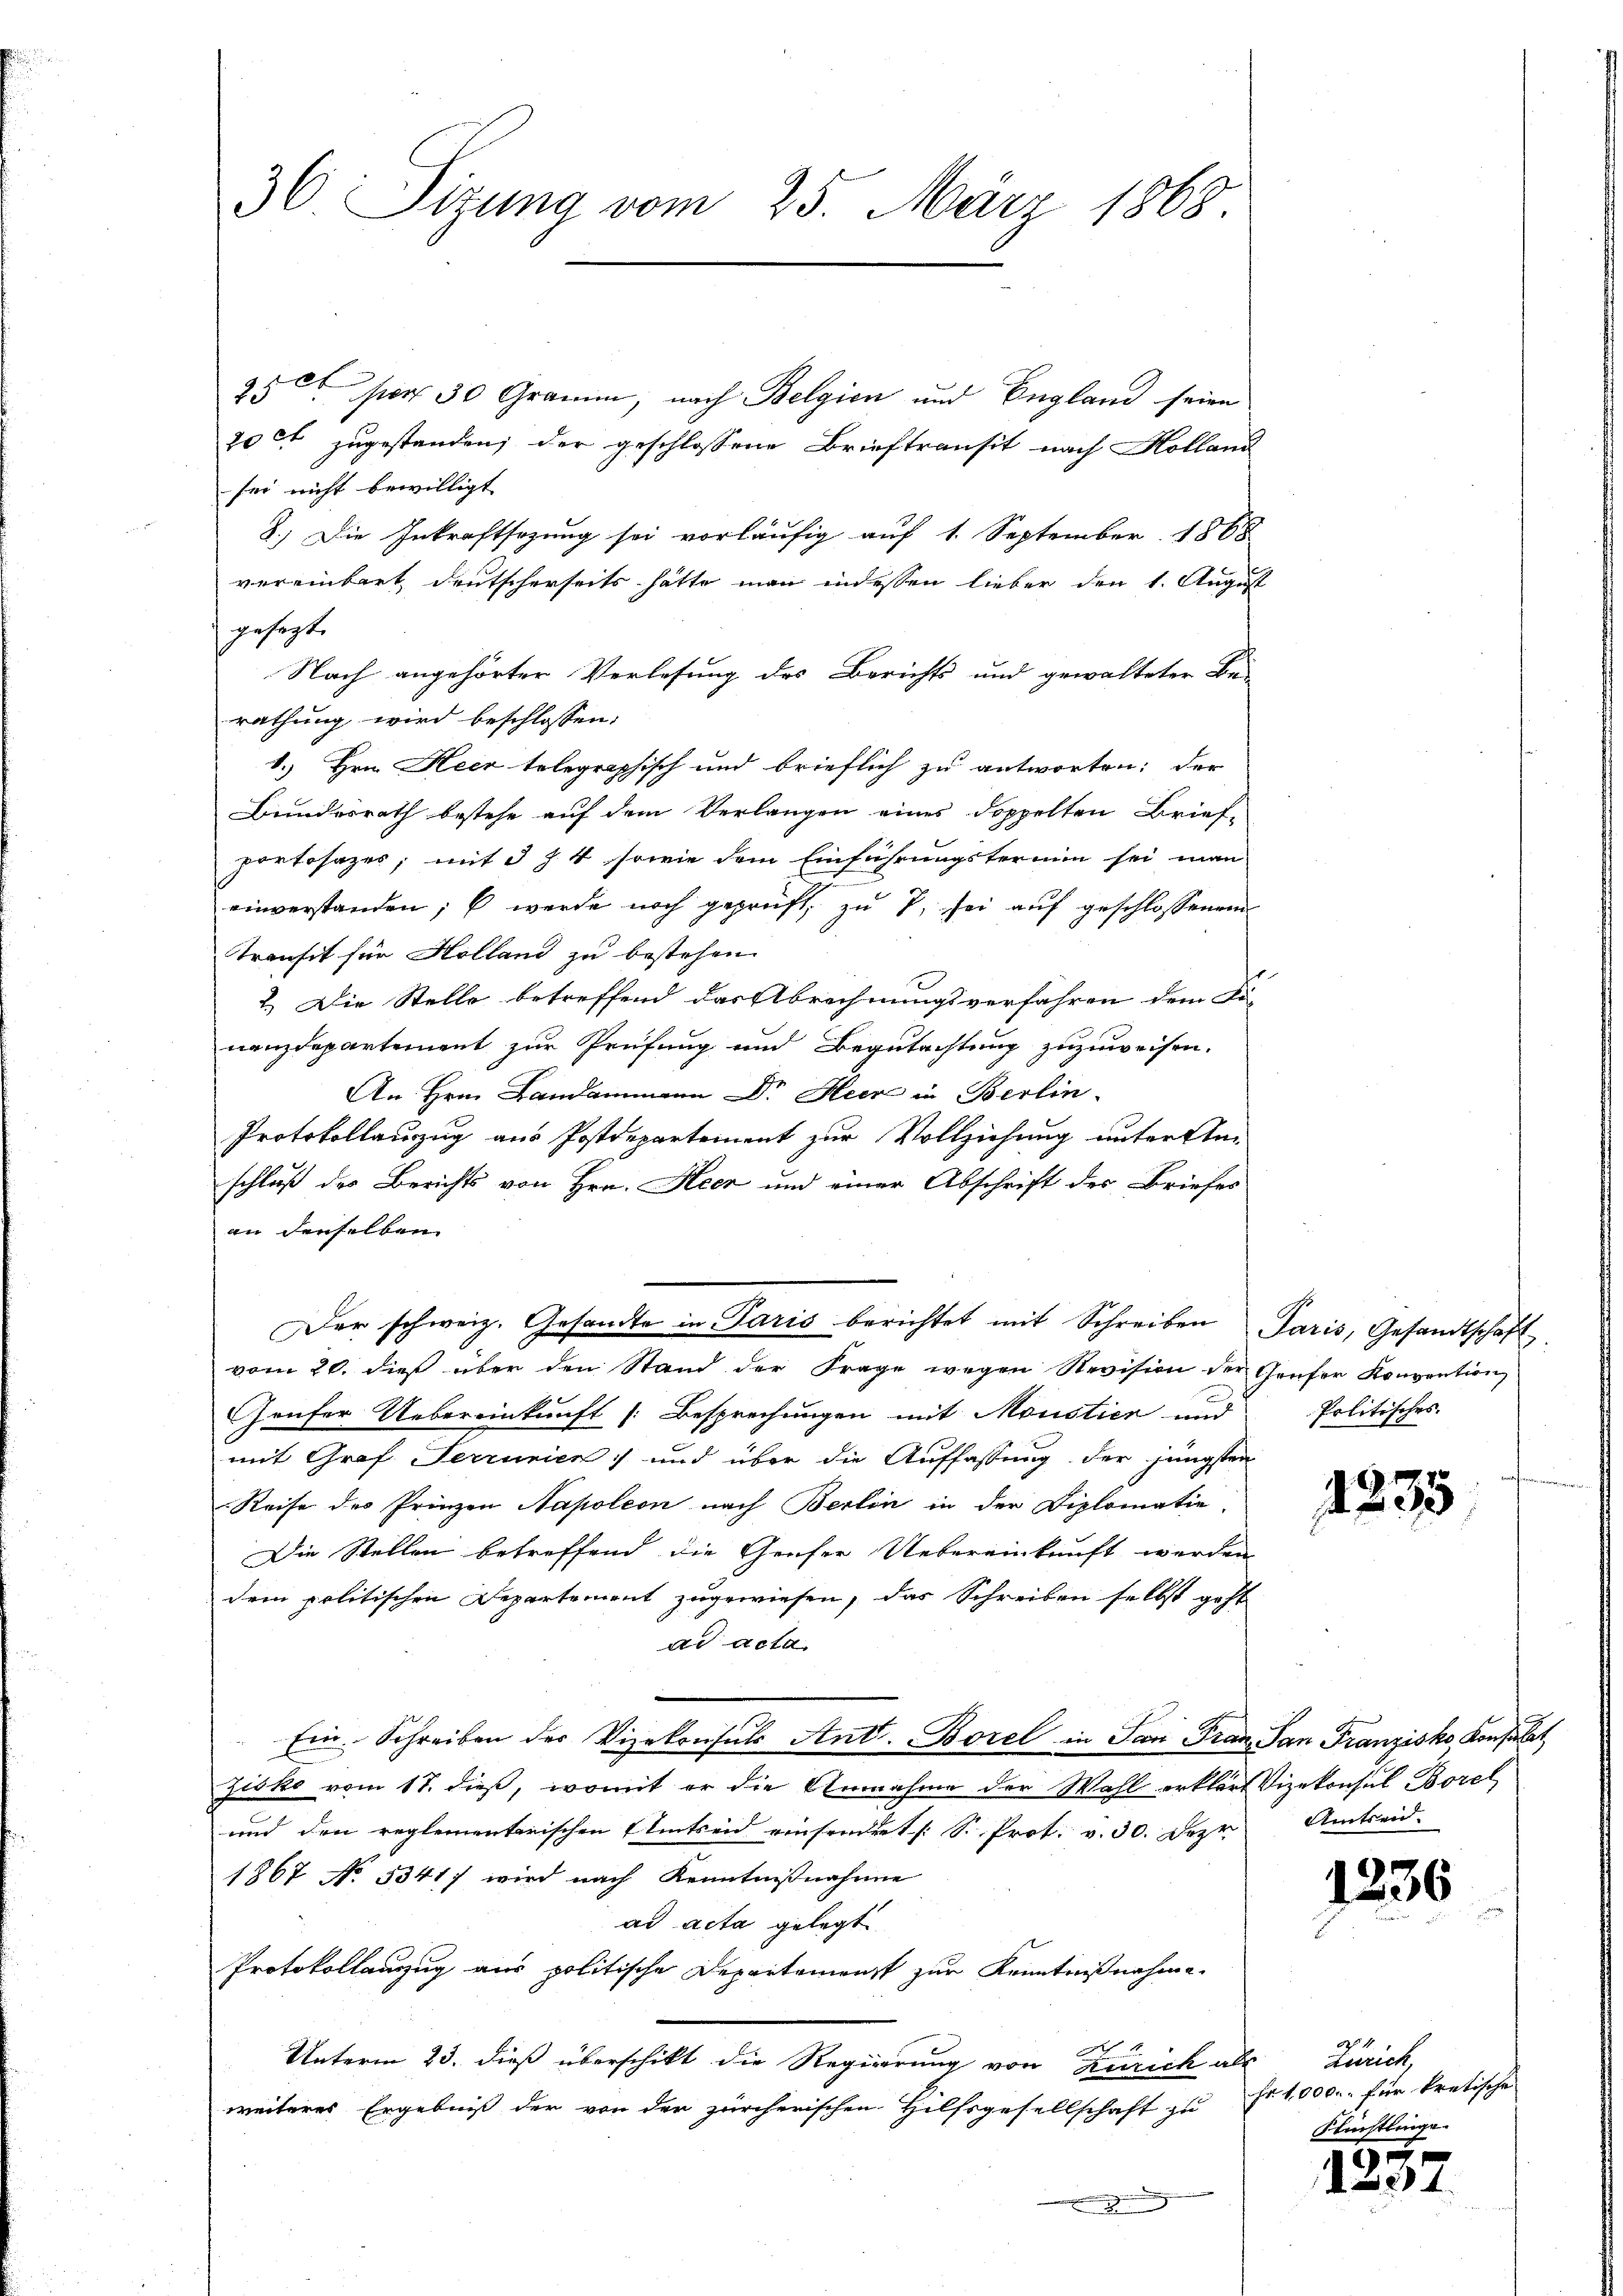
36 Sizung vom 25. März 1868.

255 per 30 Gramm, nach Belgien und England seien
20 ct zugestanden; der geschlossene Brieftransit nach Kolland
sei nicht bewilligt
8.) Die Inkraftsazung sei vorläufig auf 1. September 1868
vereinbart deutscherseits hätte man indessen lieber den 1. August
gesagt.
Nach angehörter Verlesung des Berichts und gewalteter Be-
rathung wird beschlossen:
1.) Hrn. Heer telegraphisch und brieflich zu antworten; der
Bundesrath bestehe auf dem Verlangen eines doppelten Brief-
portosazes; mit 3 f 4 sowie dem Einführungstermin sei man
einverstanden; 6 werde noch geprüft, zu 7, sei auf geschlossenen
Transit für Holland zu bestehen.
2.) Die Stelle betreffend das Abrechnungsverfahren dem Fi-
nanzdepartement zur Prüfung und Begutachtung zuzuweisen.
An Hrn. Landammann Dr. Heer in Berlin.
Protokollauszug aus Postdepartement zur Vollziehung unterstan
schluß des Berichts von Hrn. Heer und einer Abschrift der Briefes
an denselben
Der schweiz. Gesandte in Paris berichtet mit Schreiben Paris, Gesandtschaft
vom 20. dieß über den Stand der Frage wegen Revision der Genfer Konvention
Haufer Uebereinkunft (Besprechungen mit Moustier und
mit Graf Ferrunien) und über die Auffassung der jüngsten
Reise des Prinzen Napoleon nach Berlin in der Diplomatio
Die Stellen betreffend die Greser Uebereinkunft werden
dem politischen Departement zugewiesen, das Schreiben selbst geht
ad acta.
Ein. Schreiben der Vizekonsuls Ant. Borel in San Franz San Franzisko Konsulat
Zisko vom 17. dieß, womit er die Annahme der Wahl erklärt Vizekonsul Borel
und den reglementarischen Seitseid einsendert [S. Prot. v. 30. Dez.
1867 No 5341) wird nach Kenntnißnahme
ad acta gelegt
Protokollauszug aus politische Departamenst zur Kenntnißnahme
Unterm 23. dieß überschikt die Regierung von Zürich als Zürich,
weiteres Ergebniß der von der zürcherischen Hilfsgesellschaft zu Fr. 1,000.- für kretische |
7

Politisches.

1235

Amtseid.

1236

1
Slüchtlinge.

1237.